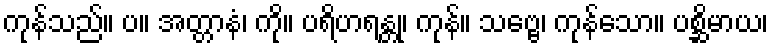
ကုန်သည်။ ပ။ အတ္တာနံ၊ ကို။ ပရိဟရန္တု၊ ကုန်။ သဗ္ဗေ၊ ကုန်သော။ ပစ္ဆိမာယ၊